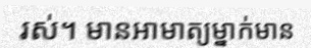
រស់។ មានអាមាត្យម្នាក់មាន